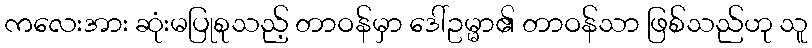
ကလေးအား ဆုံးမပြုစုသည့် တာဝန်မှာ ဒေါ်ဥမ္မာ၏ တာဝန်သာ ဖြစ်သည်ဟု သူ